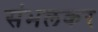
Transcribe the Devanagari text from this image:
संभलकर